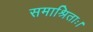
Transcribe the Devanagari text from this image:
समाश्रिताः।